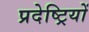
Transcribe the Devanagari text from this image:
प्रदेष्ट्रियों